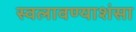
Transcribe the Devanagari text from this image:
स्वलावण्याशंसा